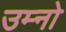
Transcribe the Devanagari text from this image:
उम्नो